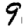
Digit: 9